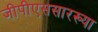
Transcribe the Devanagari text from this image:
जीपीएससारख्या